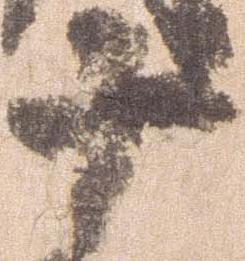
十